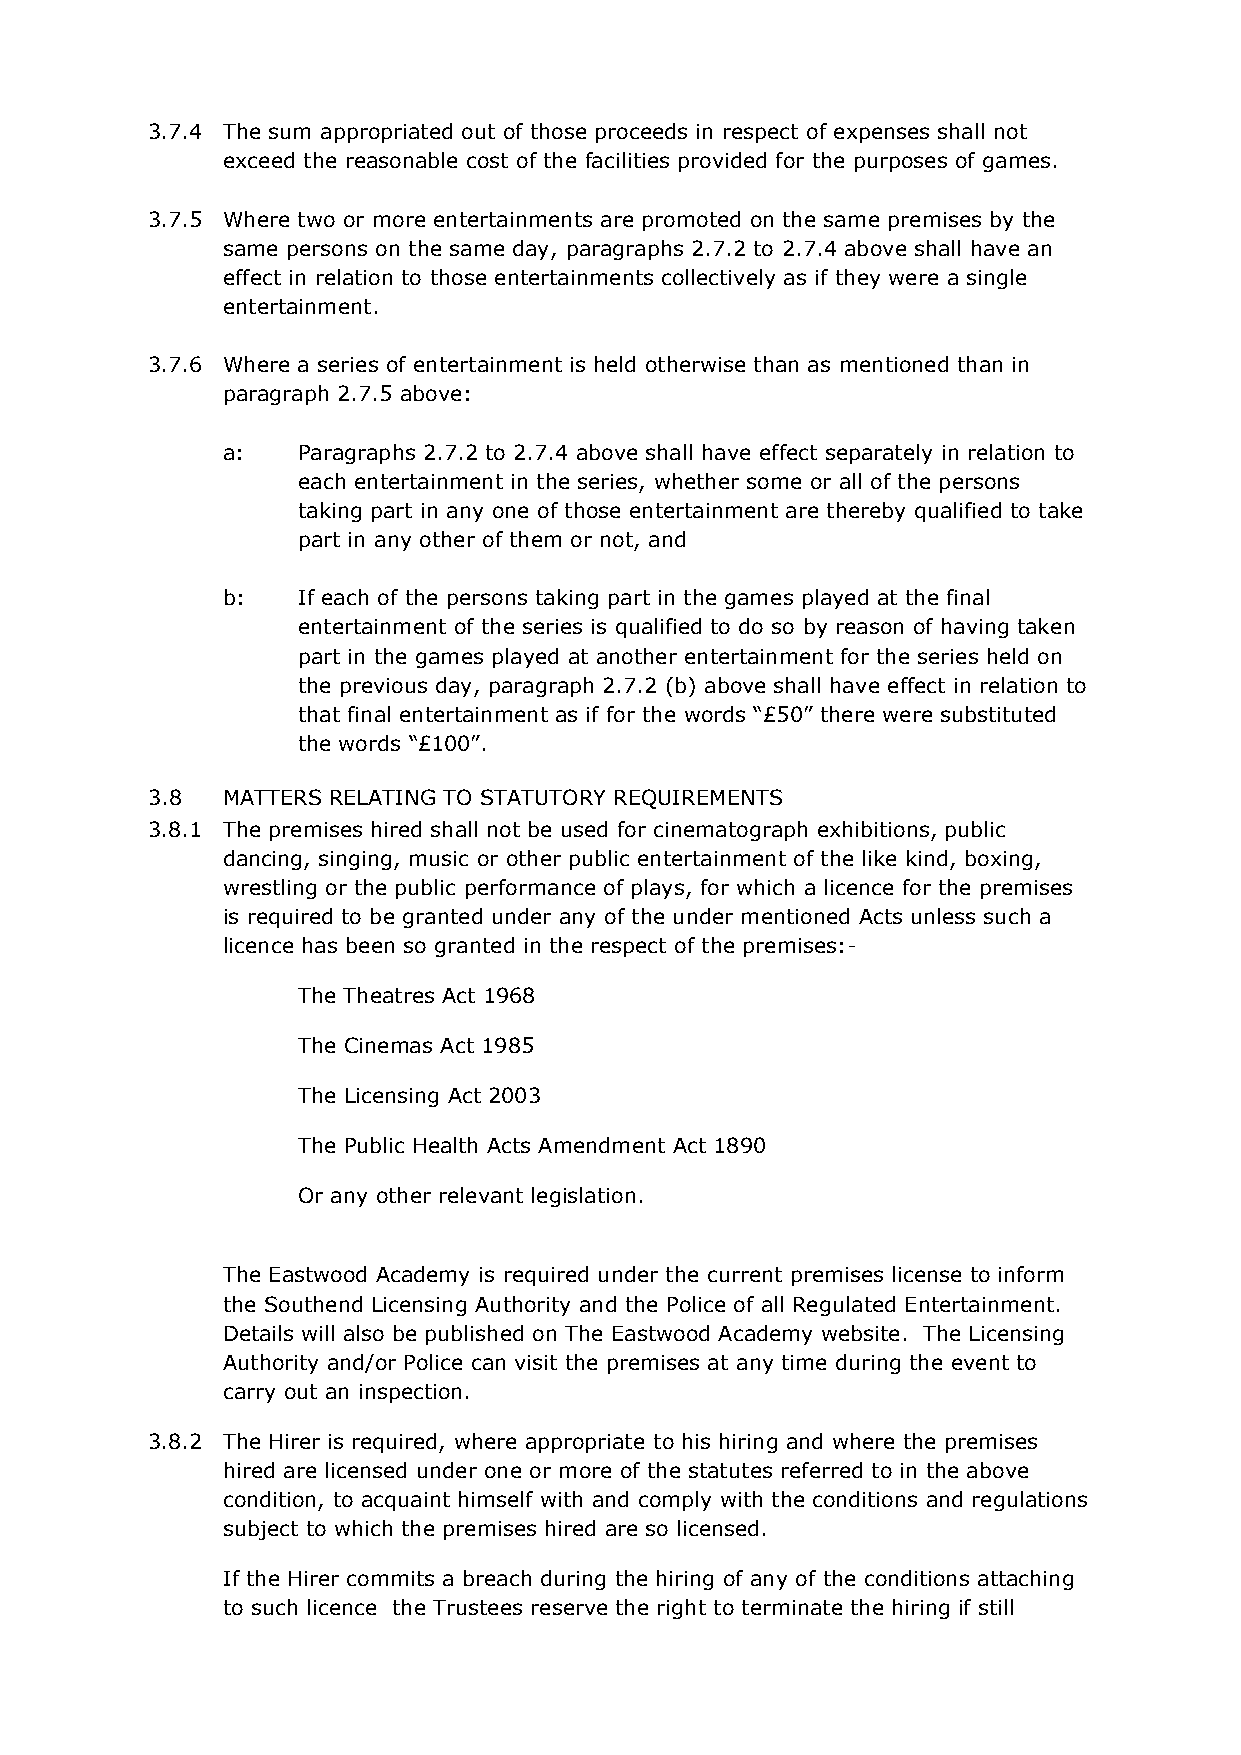
3.7.4 The sum appropriated out of those proceeds in respect of expenses shall not
 exceed the reasonable cost of the facilities provided for the purposes of games.
 3.7.5 Where two or more entertainments are promoted on the same premises by the
 same persons on the same day, paragraphs 2.7.2 to 2.7.4 above shall have an
 effect in relation to those entertainments collectively as if they were a single
 entertainment.
 3.7.6 Where a series of entertainment is held otherwise than as mentioned than in
 paragraph 2.7.5 above:
 a:   Paragraphs 2.7.2 to 2.7.4 above shall have effect separately in relation to
 each entertainment in the series, whether some or all of the persons
 taking part in any one of those entertainment are thereby qualified to take
 part in any other of them or not, and
 b:   If each of the persons taking part in the games played at the final
 entertainment of the series is qualified to do so by reason of having taken
 part in the games played at another entertainment for the series held on
 the previous day, paragraph 2.7.2 (b) above shall have effect in relation to
 that final entertainment as if for the words “£50” there were substituted
 the words “£100”.
 3.8  MATTERS RELATING TO STATUTORY REQUIREMENTS
 3.8.1 The premises hired shall not be used for cinematograph exhibitions, public
 dancing, singing, music or other public entertainment of the like kind, boxing,
 wrestling or the public performance of plays, for which a licence for the premises
 is required to be granted under any of the under mentioned Acts unless such a
 licence has been so granted in the respect of the premises:-
 The Theatres Act 1968
 The Cinemas Act 1985
 The Licensing Act 2003
 The Public Health Acts Amendment Act 1890
 Or any other relevant legislation.
 The Eastwood Academy is required under the current premises license to inform
 the Southend Licensing Authority and the Police of all Regulated Entertainment.
 Details will also be published on The Eastwood Academy website. The Licensing
 Authority and/or Police can visit the premises at any time during the event to
 carry out an inspection.
 3.8.2 The Hirer is required, where appropriate to his hiring and where the premises
 hired are licensed under one or more of the statutes referred to in the above
 condition, to acquaint himself with and comply with the conditions and regulations
 subject to which the premises hired are so licensed.
 If the Hirer commits a breach during the hiring of any of the conditions attaching
 to such licence the Trustees reserve the right to terminate the hiring if still